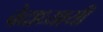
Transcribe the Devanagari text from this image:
वेदाध्यायी